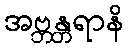
အဗ္ဘန္တရာနိ